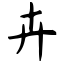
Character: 卉